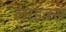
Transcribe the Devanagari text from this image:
लाइक्‍स